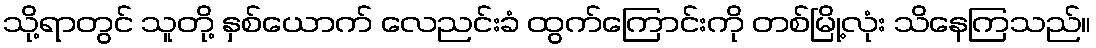
သို့ရာတွင် သူတို့ နှစ်ယောက် လေညင်းခံ ထွက်ကြောင်းကို တစ်မြို့လုံး သိနေကြသည်။